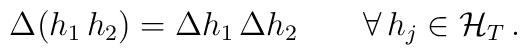
\Delta (h_1 \, h_2) = \Delta h_1 \, \Delta h_2 \qquad \forall \, h_j \in {\cal H}_T \, .